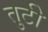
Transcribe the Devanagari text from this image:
तुटी